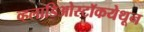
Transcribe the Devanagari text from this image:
व्हलाडिओस्टॉकयेथून